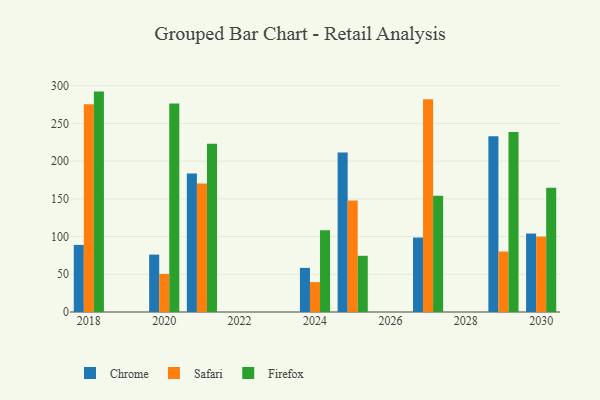
{"axis": {"x": "Year", "y": "Net Income (USD K)"}, "legend": ["Chrome", "Firefox", "Safari"], "data": [{"x": "2021", "y": 183.6, "type": "Chrome"}, {"x": "2021", "y": 170.4, "type": "Safari"}, {"x": "2021", "y": 223.2, "type": "Firefox"}, {"x": "2024", "y": 58.5, "type": "Chrome"}, {"x": "2024", "y": 39.7, "type": "Safari"}, {"x": "2024", "y": 108.4, "type": "Firefox"}, {"x": "2018", "y": 88.9, "type": "Chrome"}, {"x": "2018", "y": 275.3, "type": "Safari"}, {"x": "2018", "y": 292.2, "type": "Firefox"}, {"x": "2020", "y": 76.1, "type": "Chrome"}, {"x": "2020", "y": 50.5, "type": "Safari"}, {"x": "2020", "y": 276.5, "type": "Firefox"}, {"x": "2025", "y": 211.6, "type": "Chrome"}, {"x": "2025", "y": 147.7, "type": "Safari"}, {"x": "2025", "y": 74.5, "type": "Firefox"}, {"x": "2029", "y": 232.9, "type": "Chrome"}, {"x": "2029", "y": 80.2, "type": "Safari"}, {"x": "2029", "y": 238.6, "type": "Firefox"}, {"x": "2030", "y": 104.0, "type": "Chrome"}, {"x": "2030", "y": 100.0, "type": "Safari"}, {"x": "2030", "y": 164.6, "type": "Firefox"}, {"x": "2027", "y": 98.7, "type": "Chrome"}, {"x": "2027", "y": 282.2, "type": "Safari"}, {"x": "2027", "y": 154.2, "type": "Firefox"}]}